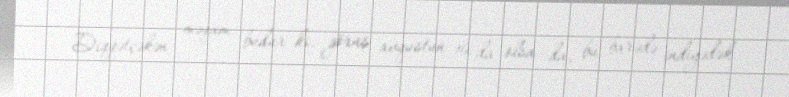
Diqqətçəkən məqam budur ki, görüş avqustun 19-da olsa da, bu barədə indiyədək